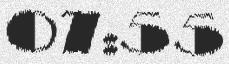
07:55